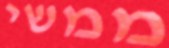
ממשי